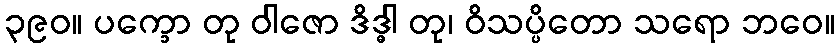
၃၉၀။ ပက္ခော တု ဝါဇော ဒိဒ္ဓါ တု၊ ဝိသပ္ပိတော သရော ဘဝေ။